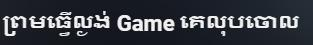
ព្រមធ្វើល្ងង់ Game គេលុបចោល